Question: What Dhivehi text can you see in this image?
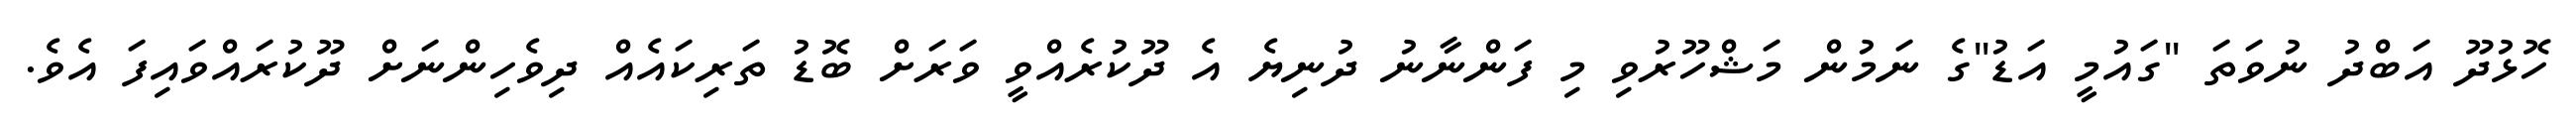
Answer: ހޮޅުދޫ އަބްދު ނުވަތަ "ގައުމީ އަޑު"ގެ ނަމުން މަޝްހޫރުވި މި ފަންނާނު ދުނިޔެ އެ ދޫކުރެއްވީ ވަރަށް ބޮޑު ތަރިކައެއް ދިވެހިންނަށް ދޫކުރައްވައިފަ އެވެ.